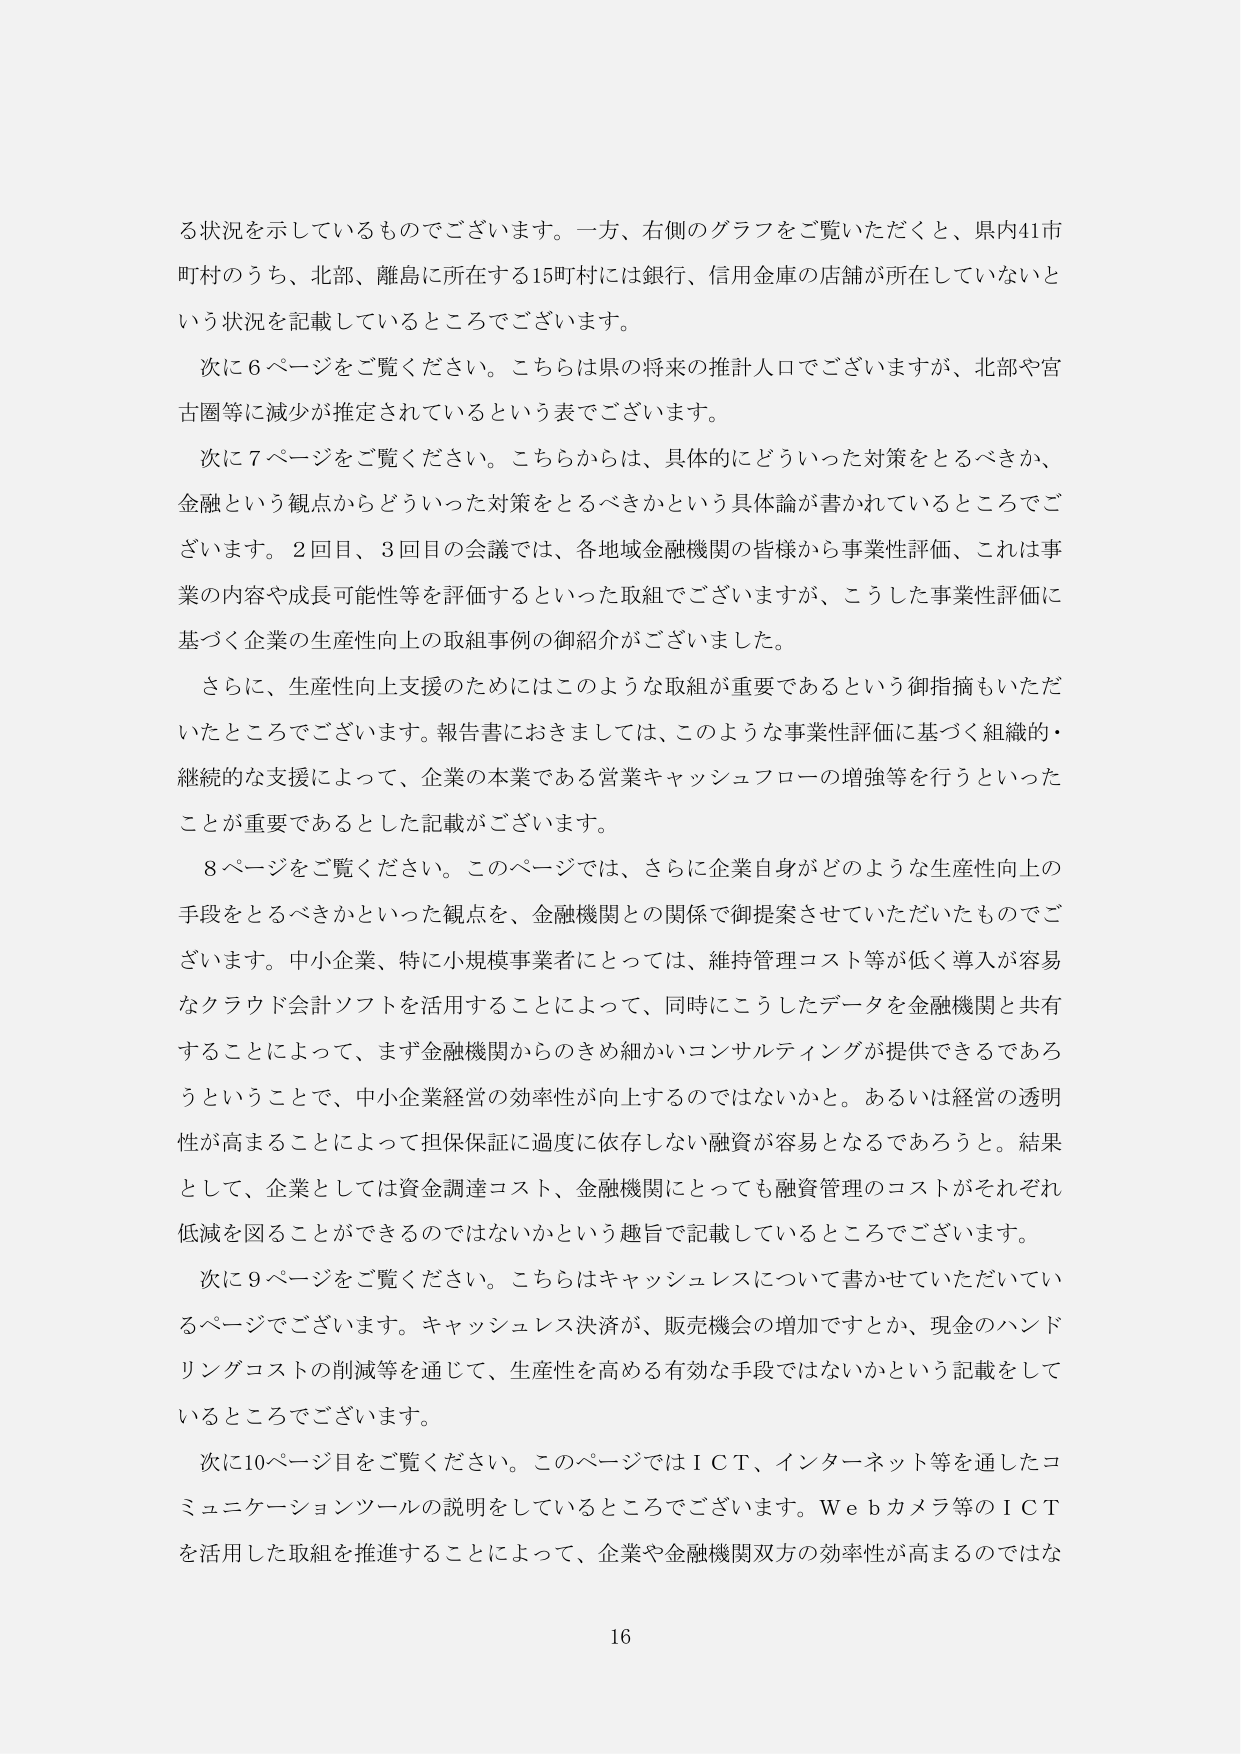
る状況を示しているものでございます。一方、右側のグラフをご覧いただくと、県内41市町村のうち、北部、離島に所在する15町村には銀行、信用金庫の店舗が所在していないという状況を記載しているところでございます。

次に6ページをご覧ください。こちらは県の将来の推計人口でございますが、北部や宮古圏等に減少が推定されているという表でございます。

次に7ページをご覧ください。こちらからは、具体的にどういった対策をとるべきか、金融という観点からどういった対策をとるべきかという具体論が書かれているところでございます。2回目、3回目の会議では、各地域金融機関の皆様から事業性評価、これは事業の内容や成長可能性等を評価するといった取組でございますが、こうした事業性評価に基づく企業の生産性向上の取組事例の御紹介がございました。

さらに、生産性向上支援のためにはこのような取組が重要であるという御指摘もいただいたところでございます。報告書におきましては、このような事業性評価に基づく組織的・継続的な支援によって、企業の本業である営業キャッシュフローの増強等を行うといったことが重要であるとした記載がございます。

8ページをご覧ください。このページでは、さらに企業自身がどのような生産性向上の手段をとるべきかといった観点を、金融機関との関係で御提案させていただいたものでございます。中小企業、特に小規模事業者にとっては、維持管理コスト等が低く導入が容易なクラウド会計ソフトを活用することによって、同時にこうしたデータを金融機関と共有することによって、まず金融機関からのきめ細かいコンサルティングが提供できるであろうということで、中小企業経営の効率性が向上するのではないか。あるいは経営の透明性が高まることによって担保保証に過度に依存しない融資が容易となるであろうと。結果として、企業としては資金調達コスト、金融機関にとっても融資管理のコストがそれぞれ低減を図ることができるのではないかという趣旨で記載しているところでございます。

次に9ページをご覧ください。こちらはキャッシュレスについて書かせていただいているページでございます。キャッシュレス決済が、販売機会の増加ですとか、現金のハンドリングコストの削減等を通じて、生産性を高める有効な手段ではないかという記載をしているところでございます。

次に10ページ目をご覧ください。このページではＩＣＴ、インターネット等を通したコミュニケーションツールの説明をしているところでございます。Ｗｅｂカメラ等のＩＣＴを活用した取組を推進することによって、企業や金融機関双方の効率性が高まるのではな

16